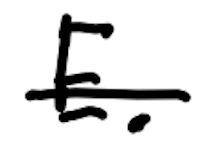
Text: E.
Cross-out: single-line
Writing tool: digital_black